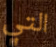
التي